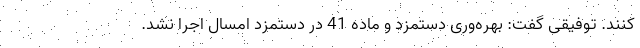
کنند. توفیقی گفت: بهره‌وری دستمزد و ماده 41 در دستمزد امسال اجرا نشد.